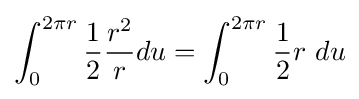
\int _{0}^{2\pi r}{\frac {1}{2}}{\frac {r^{2}}{r}}du=\int _{0}^{2\pi r}{\frac {1}{2}}r\ du